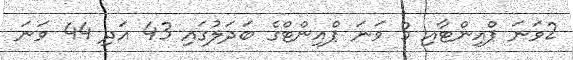
2ވަނަ ޕްއިންޓާއި 3 ވަނަ ޕްއިންޓްގެ ބަދަލުގައި 43 އަދި 44 ވަނަ